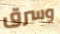
وسرق